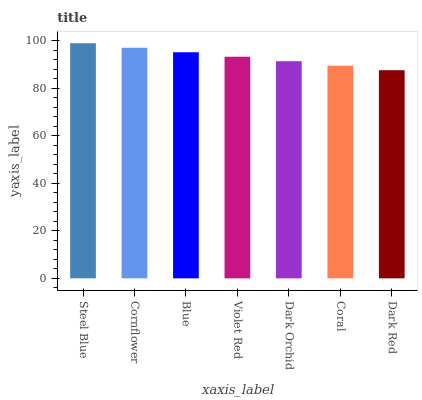
| xaxis_label | bars |
 | --- | --- |
 | Steel Blue | 99 |
 | Cornflower | 97.1 |
 | Blue | 95.2 |
 | Violet Red | 93.3 |
 | Dark Orchid | 91.4 |
 | Coral | 89.5 |
 | Dark Red | 87.6 |